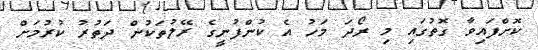
ކޮށްފައިވާ ގޮތުގައި މި ރޯދަ މަހު އެ ކުންފުނީގެ ރޭލުތަކުން ދަތުރު ކުރުމަށް